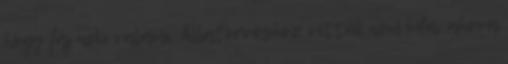
hogy fáj neki valami. Állatorvoshoz vittük nem oda, ahova